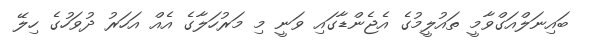
ބައިނަލްއަގްވާމީ ތައުލީމުގެ އެޖެންޑާގައި ވަނީ މި މަރުހަލާގެ އެއް އަހަރު ދުވަހުގެ ހިލޭ